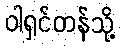
ဝါရှင်တန်သို့